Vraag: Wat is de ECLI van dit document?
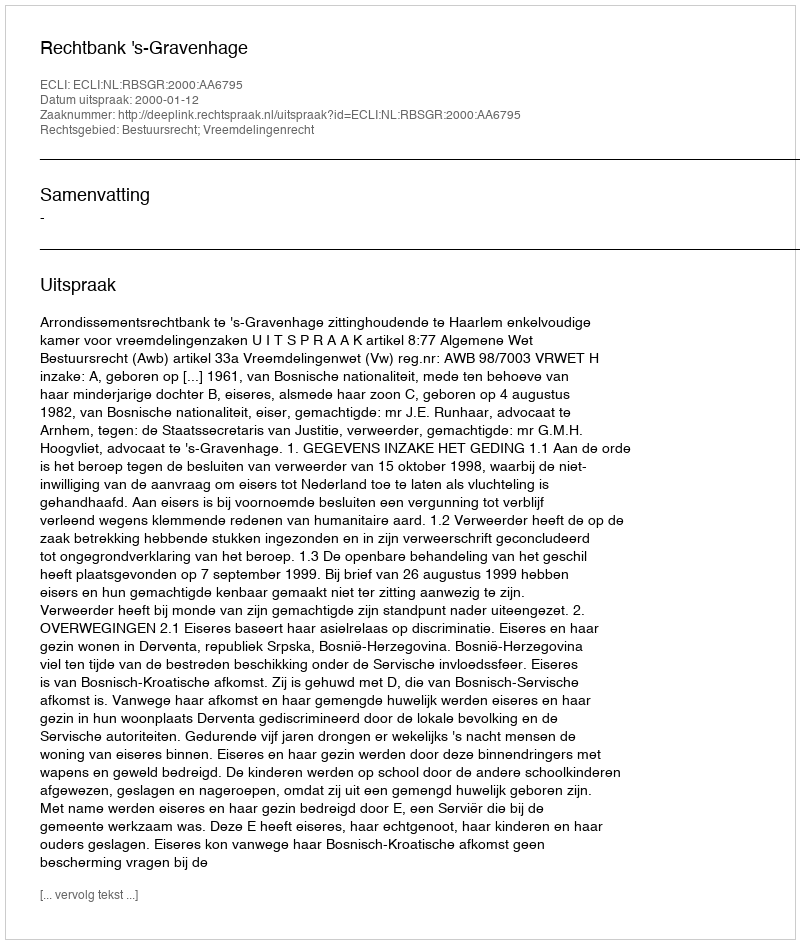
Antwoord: ECLI:NL:RBSGR:2000:AA6795